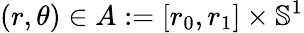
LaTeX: (r,\theta)\in A:=[r_{0},r_{1}]\times\mathbb{S}^{1}